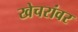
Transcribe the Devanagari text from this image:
खेचरांवर